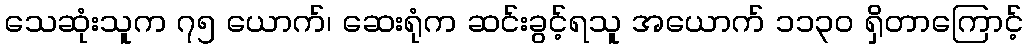
သေဆုံးသူက ၇၅ ယောက်၊ ဆေးရုံက ဆင်းခွင့်ရသူ အယောက် ၁၁၃၀ ရှိတာကြောင့်